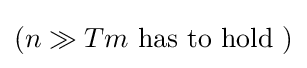
\left(n\gg Tm{\text{ has to hold }}\right)